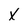
Character: X